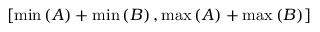
\left[ \operatorname* { m i n } \left( A \right) + \operatorname* { m i n } \left( B \right) , \operatorname* { m a x } \left( A \right) + \operatorname* { m a x } \left( B \right) \right]